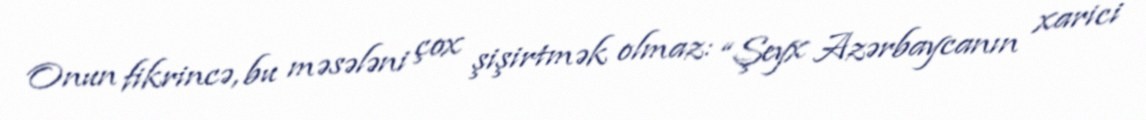
Onun fikrincə, bu məsələni çox şişirtmək olmaz: “Şeyx Azərbaycanın xarici